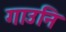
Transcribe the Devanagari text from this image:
गाउनि